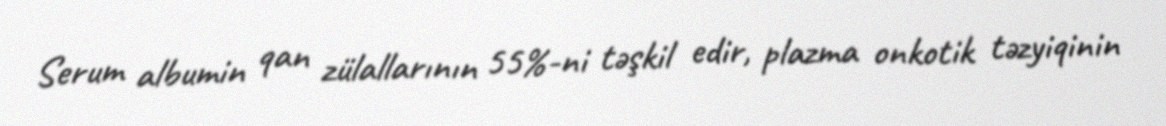
Serum albumin qan zülallarının 55%-ni təşkil edir, plazma onkotik təzyiqinin